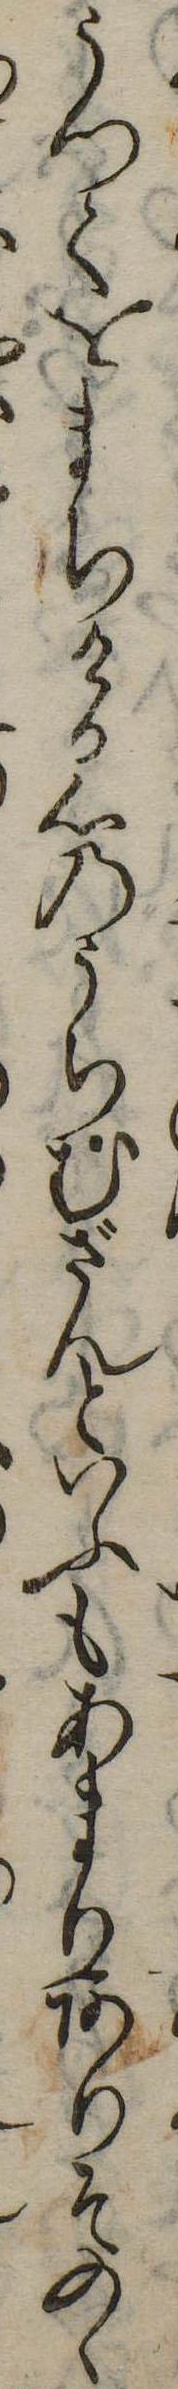
うつてをまちける心のうちむざんといふもあまりありそのゝ